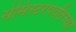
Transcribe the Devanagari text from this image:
सेमिस्टरपर्यंतच्या